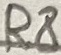
Text: R8